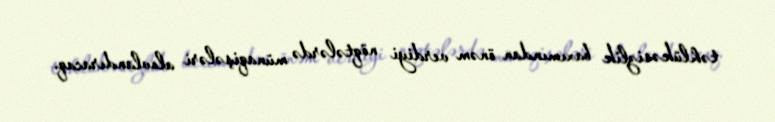
təhlükəsizlik baxımından önəm verdiyi nöqtələrdə münaqişələri alovlandıracaq.